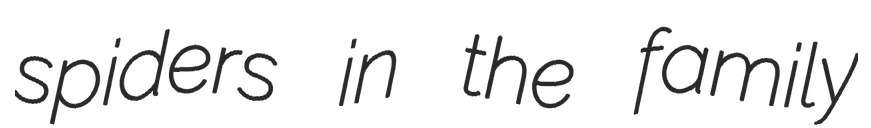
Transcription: spiders in the family